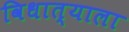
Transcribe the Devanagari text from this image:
विधात्याला